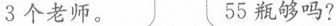
3个老师。 55瓶够吗?